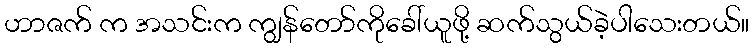
ဟာဇက် က အသင်းက ကျွန်တော်ကိုခေါ်ယူဖို့ ဆက်သွယ်ခဲ့ပါသေးတယ်။